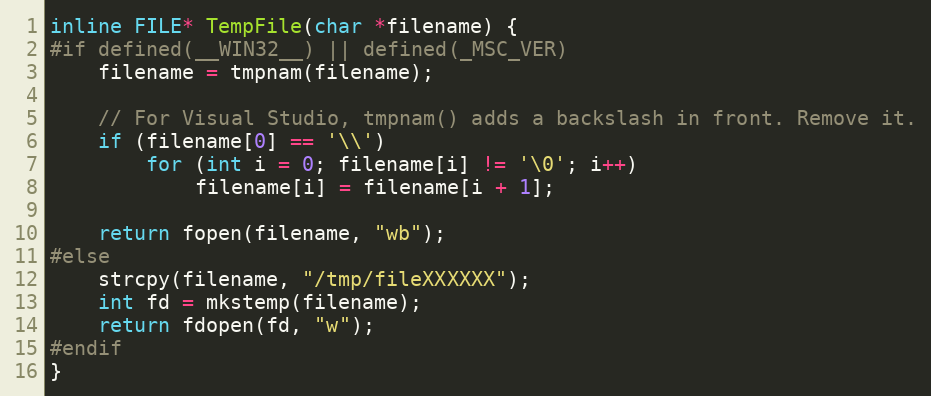
Language: C
inline FILE* TempFile(char *filename) {
#if defined(__WIN32__) || defined(_MSC_VER)
    filename = tmpnam(filename);

    // For Visual Studio, tmpnam() adds a backslash in front. Remove it.
    if (filename[0] == '\\')
        for (int i = 0; filename[i] != '\0'; i++)
            filename[i] = filename[i + 1];

    return fopen(filename, "wb");
#else
    strcpy(filename, "/tmp/fileXXXXXX");
    int fd = mkstemp(filename);
    return fdopen(fd, "w");
#endif
}